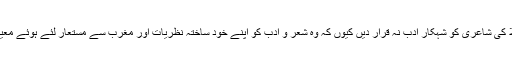
ہو سکتا ہے کہ ناقدین شعر و ادب ملّاؔ کی شاعری کو شہکار ادب نہ قرار دیں کیوں کہ وہ شعر و ادب کو اپنے خود ساختہ نظریات اور مغرب سے مستعار لئے ہوئے معیارات سے جانچتے اور پرکھتے ہیں۔